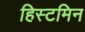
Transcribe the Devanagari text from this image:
हिस्टमिन